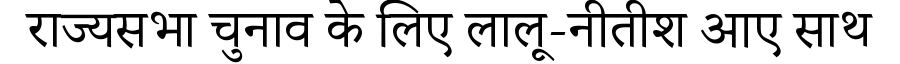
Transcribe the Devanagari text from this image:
राज्यसभा चुनाव के लिए लालू-नीतीश आए साथ